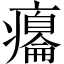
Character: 癟